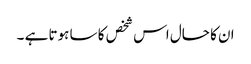
ان کا حال اس شخص کا سا ہوتا ہے ۔